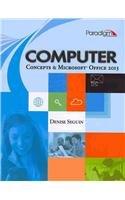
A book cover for Computer Concepts & Microsoft Office 2013; Denise Seguin; Computers & Technology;